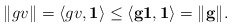
\begin{align*}\| gv \| = \langle gv, \bf 1 \rangle \leq \langle g \bf 1, \bf 1 \rangle = \|g\|. \end{align*}